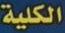
الكلية